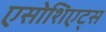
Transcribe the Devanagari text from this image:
एसोशिएट्स